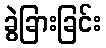
ခွဲခြားခြင်း